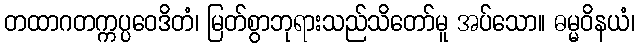
တထာဂတက္ကပ္ပဝေဒိတံ၊ မြတ်စွာဘုရားသည်သိတော်မူ အပ်သော။ ဓမ္မဝိနယံ၊